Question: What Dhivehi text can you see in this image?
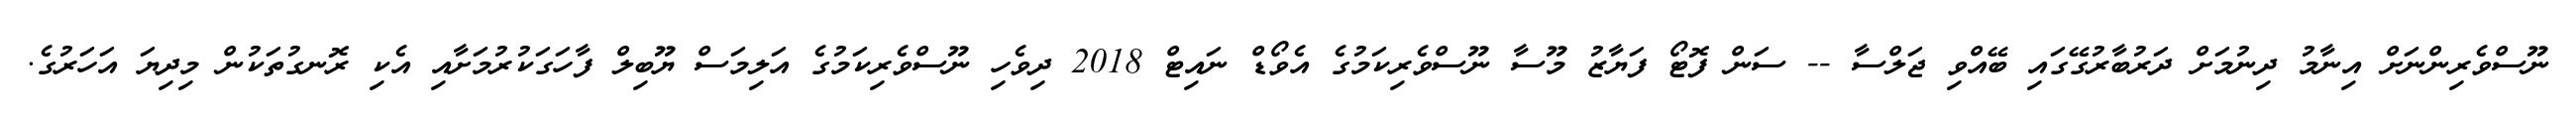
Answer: ނޫސްވެރިންނަށް އިނާމު ދިނުމަށް ދަރުބާރުގޭގައި ބޭއްވި ޖަލްސާ -- ސަން ފޮޓޯ ފަޔާޒު މޫސާ ނޫސްވެރިކަމުގެ އެވޯޑް ނައިޓް 2018 ދިވެހި ނޫސްވެރިކަމުގެ އަލިމަސް ޔޫބިލް ފާހަގަކުރުމަށާއި އެކި ރޮނގުތަކުން މިދިޔަ އަހަރުގެ.